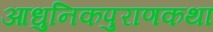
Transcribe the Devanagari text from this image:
आधुनिकपुराणकथा